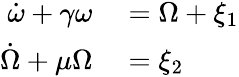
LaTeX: \begin{array}{rl}{\dot{\omega}+\gamma\omega}&{{}=\Omega+\xi_{1}}\\ {\dot{\Omega}+\mu\Omega}&{{}=\xi_{2}}\end{array}